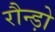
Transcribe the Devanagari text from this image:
रौन्ड़ो